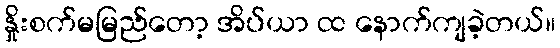
နှိုးစက်မမြည်တော့ အိပ်ယာ ထ နောက်ကျခဲ့တယ်။